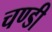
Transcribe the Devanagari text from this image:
चण्‍डी